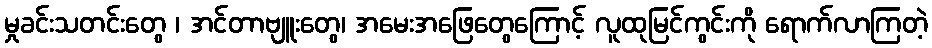
မှုခင်းသတင်းတွေ ၊ အင်တာဗျူးတွေ၊ အမေးအဖြေတွေကြောင့် လူထုမြင်ကွင်းကို ရောက်လာကြတဲ့